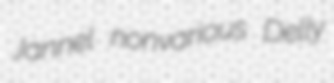
Jannel nonvarious Delly